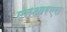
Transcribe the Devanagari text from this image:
एनआरएस